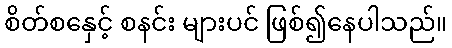
စိတ်စနှေင့် စနင်း များပင် ဖြစ်၍နေပါသည်။